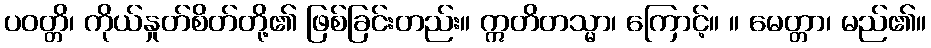
ပဝတ္တိ၊ ကိုယ်နှုတ်စိတ်တို့၏ ဖြစ်ခြင်းတည်း။ ဣတိတသ္မာ၊ ကြောင့်။ ။ မေတ္တာ၊ မည်၏။